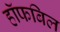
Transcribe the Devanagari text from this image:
हॉफबिल